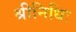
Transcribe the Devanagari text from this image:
श्रीनिधिः